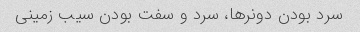
سرد بودن دونر‌ها، سرد و سفت بودن سیب زمینی